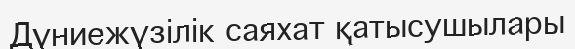
Дүниежүзілік саяхат қатысушылары